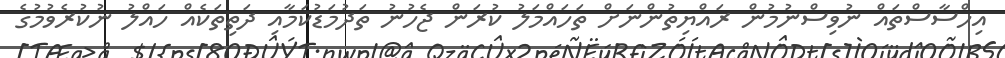
އިހްސާސްތައް ނުވިސްނުމުން ރައްޔިތުންނަށް ތަހައްމަލު ކުރަން ޖެހުނު ތަދުމަޑުކަމާއި ދަތިތަކެއް ހައްލު ނުކުރެވުމުގެ